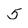
Character: 5